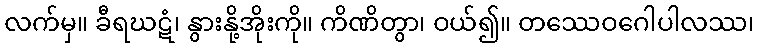
လက်မှ။ ခီရဃဋံ၊ နွားနို့အိုးကို။ ကိဏိတွာ၊ ဝယ်၍။ တဿေဝဂေါပါလဿ၊